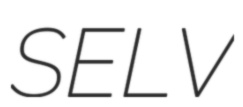
SELV